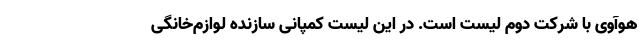
هوآوی با شرکت دوم لیست است. در این لیست کمپانی سازنده لوازم‌خانگی